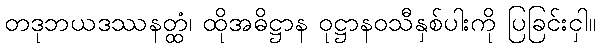
တဒုဘယဒဿနတ္ထံ၊ ထိုအဓိဋ္ဌာန ဝုဋ္ဌာနဝသီနှစ်ပါးကို ပြခြင်းငှါ။